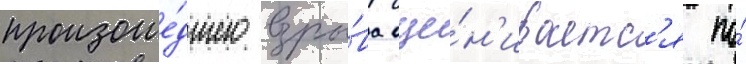
произоше́дшего взры́ва оце́н'иваетс'я по́